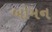
બોમન